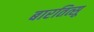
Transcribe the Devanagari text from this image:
बारतित्सू